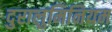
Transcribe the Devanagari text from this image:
दुरालुमिनियम